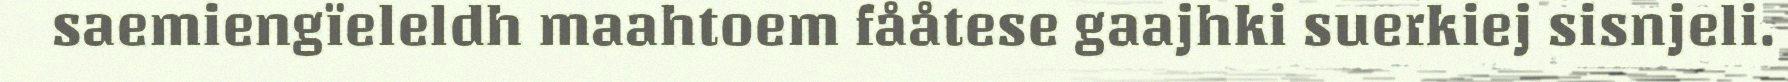
saemiengïeleldh maahtoem fååtese gaajhki suerkiej sisnjeli.